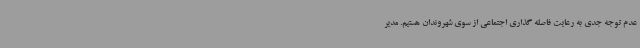
عدم توجه جدی به رعایت فاصله گذاری اجتماعی از سوی شهروندان هستیم. مدیر